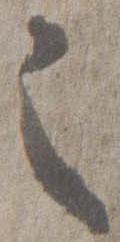
之